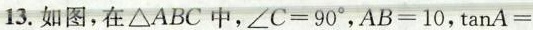
13.如图，在ΔABC中， $$∠ C = 9 0 °$$ ，$$A B = 1 0$$，$$tan A =